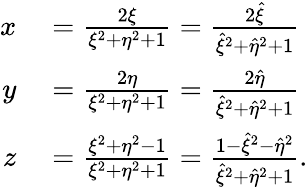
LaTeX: \begin{array}{rl}{x}&{{}=\frac{2\xi}{\xi^{2}+\eta^{2}+1}=\frac{2\hat{\xi}}{\hat{\xi}^{2}+\hat{\eta}^{2}+1}}\\ {y}&{{}=\frac{2\eta}{\xi^{2}+\eta^{2}+1}=\frac{2\hat{\eta}}{\hat{\xi}^{2}+\hat{\eta}^{2}+1}}\\ {z}&{{}=\frac{\xi^{2}+\eta^{2}-1}{\xi^{2}+\eta^{2}+1}=\frac{1-\hat{\xi}^{2}-\hat{\eta}^{2}}{\hat{\xi}^{2}+\hat{\eta}^{2}+1}.}\end{array}